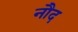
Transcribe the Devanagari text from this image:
नौद